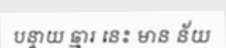
បន្ទាយ ឆ្មារ នេះ មាន ន័យ